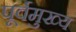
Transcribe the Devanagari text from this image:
पूर्वमुख्य